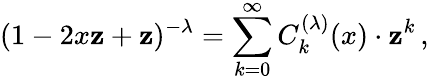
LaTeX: (1-2x\mathbf{z}+\mathbf{z})^{-\lambda}=\sum_{k=0}^{\infty}C_{k}^{(\lambda)}(x)\cdot\mathbf{z}^{k}\, ,